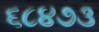
૬૮૪૭૩